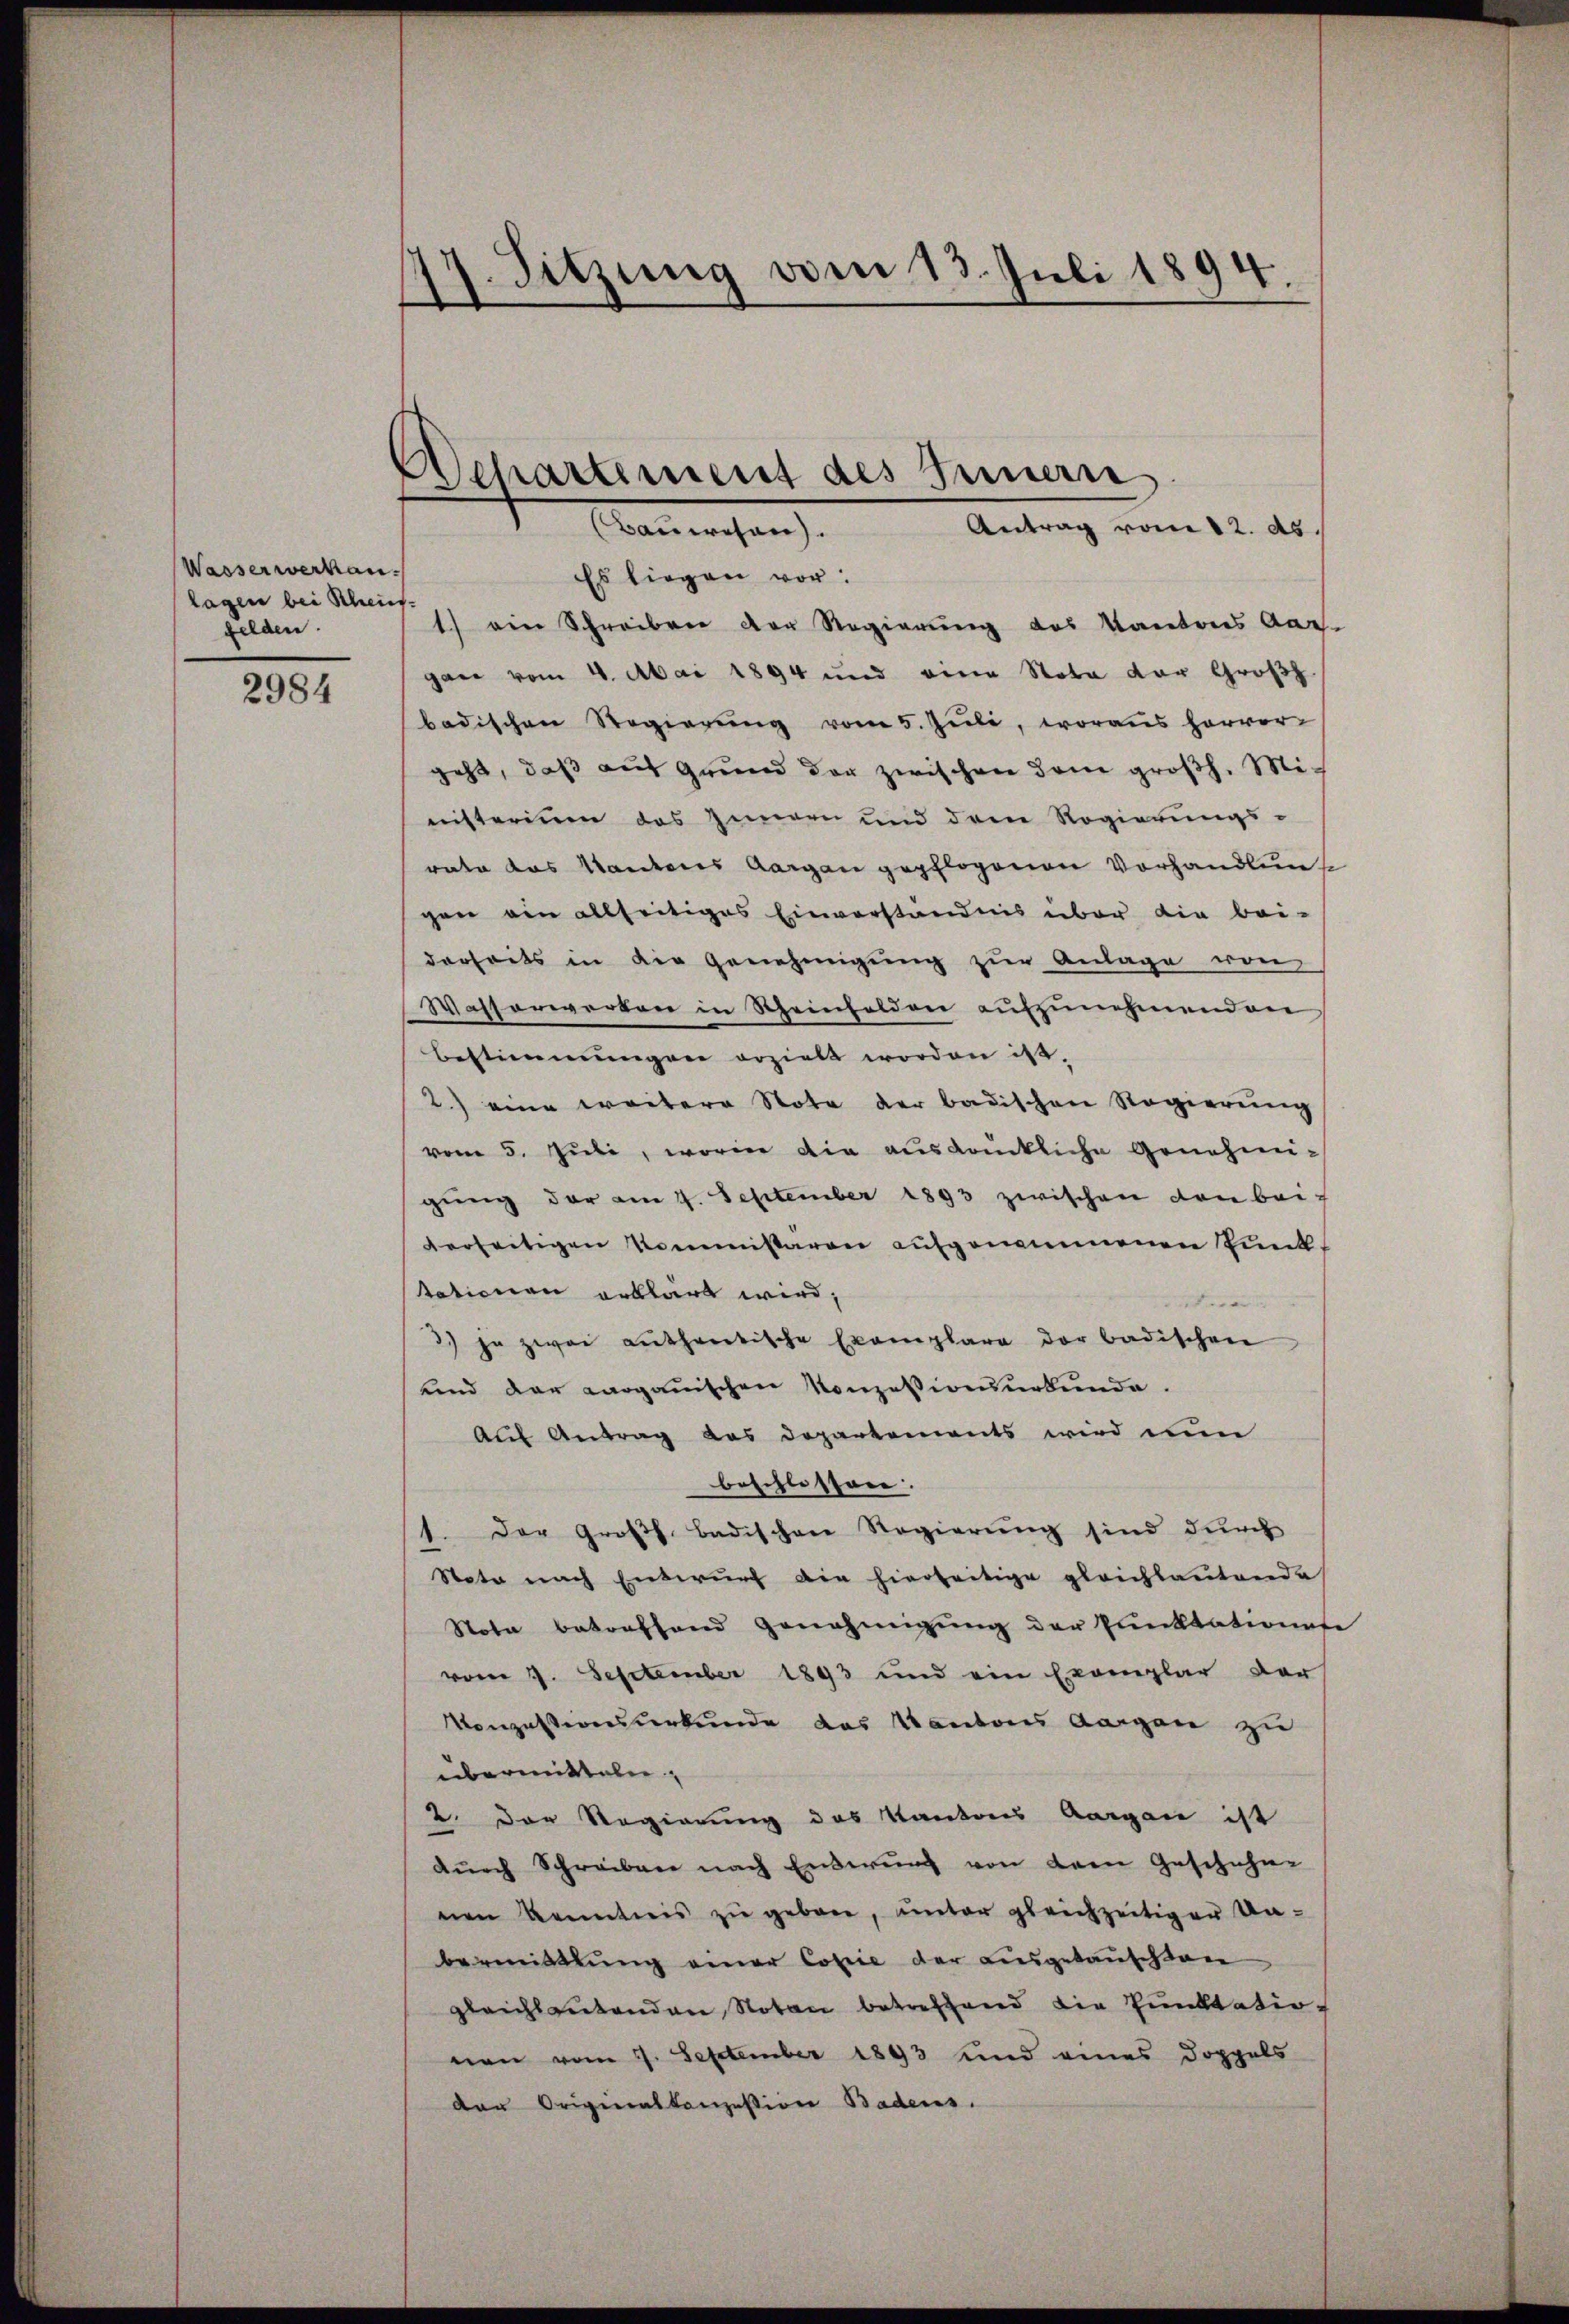
Wasserwerkau
lagen bei Scheint.
gelden.

2984

14. Sitzung vom 13. Juli 1894.
n
.

d
Departement des Innerne
Bauwesen).
Antrag vom 12. ds

Es liegen vor:
1) ein Schreiben der Regierung des Kantones Aar-
gan vom 4. Mai 1894 und eine Nota der Großh.
badischen Regierung vom 5. Juli, woraus hervor-
geht, daß auf Grund der zwischen dem großh. Ministerium das Innern und dem Regierungs-
rate das Kantons Aargau gepflogenen Vorhandlung
gen ein allseitiges Einverständnis über die bei-
derheits in die Genehmigung zur Anlage von
Wasserwerken in Scheinfelden aŭfzŭnehmenden
Bestimmungen erzielt worden ist.
2.) eine weitere Note der badischen Regierung
vom 5. Juli, worin die auskänkliche Genehmi-
gŭng der am 4. September 1893 zwischen von beiderseitigen Kommistaren aufgenommenen Punktationen erklärt wird,
3.) In zwei authetische Exemplare der badischen
und der aarganischen Konzessionsurkunde.
Auf Antrag das Departements wird nun
beschlossen.
1. Der Großh. Badischen Regierung sind durch
Nota nach Entwurf die hierseitige gleichbautende
Nota betreffend Genehmigŭng der Punktationese
vom 9. September 1893 und ein Exemplar der
Konzessionsurkunde des Kantons Aargau zu
übermitteln
2. Der Regierung des Kantons Aargau ist
dŭrch Schreiben nach Enderŭng von dem Geschähn-
nen Kenntnis zŭ geben, ŭnter gleichzeitiger Un-
bermittlung einer Copie der ausgetauschten
gleichlautenden Notar betreffend die Punktatio
nen vom 29. September 1893 und eines Doppels
der Originalkonzession Badens.